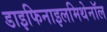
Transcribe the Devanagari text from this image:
डाइफिनाइलमिथेनॉल